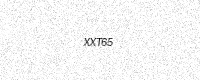
Text: XXT65